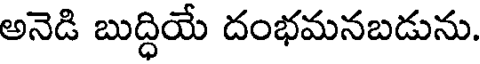
అనెడి బుద్ధియే దంభమనబడును.